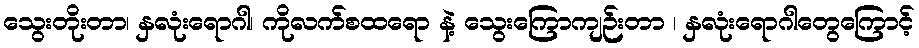
သွေးတိုးတာ၊ နှလုံးရောဂါ၊ ကိုလက်စထရော နဲ့ သွေးကြောကျဉ်းတာ ၊ နှလုံးရောဂါတွေကြောင့်